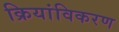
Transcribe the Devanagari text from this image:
क्रियांविकरण